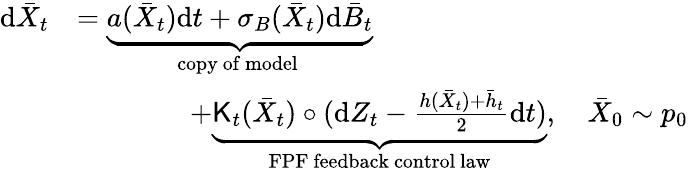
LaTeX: \begin{array}{rl}{\mathrm{d}\bar{X}_{t}}&{=\underbrace{a(\bar{X}_{t})\mathrm{d}t+\sigma_{B}(\bar{X}_{t})\mathrm{d}\bar{B}_{t}}_{\mathrm{copy~of~model}~}}\\ &{\qquad\qquad+\underbrace{{\sf K}_{t}(\bar{X}_{t})\circ(\mathrm{d}Z_{t}-\frac{h(\bar{X}_{t})+\bar{h}_{t}}{2}\mathrm{d}t)}_{\mathrm{FPF~feedback~control~law}},\quad\bar{X}_{0}\sim p_{0}}\end{array}